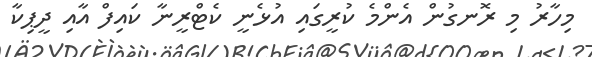
މިހާރު މި ރޮނގުން އެންމެ ކުރީގައި އުޅެނީ ކެޓްރީނާ ކައިފް އާއި ދީޕިކާ